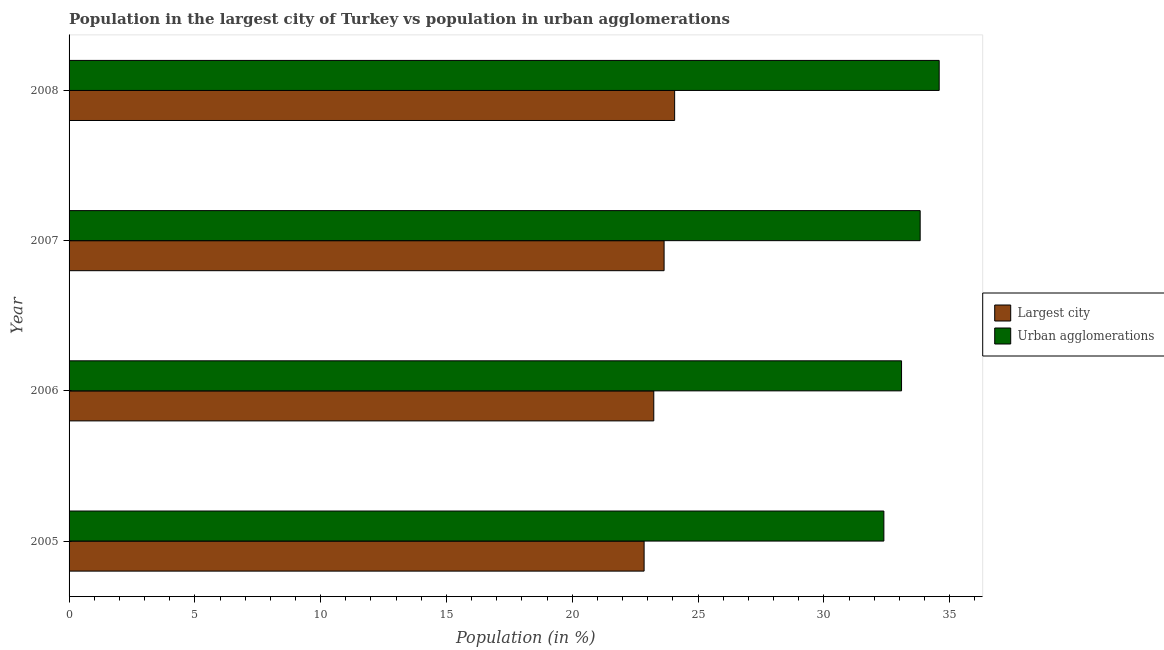
| Year | Largest city | Urban agglomerations |
 | --- | --- | --- |
 | 2005 | 22.9 | 32.4 |
 | 2006 | 23.2 | 33.1 |
 | 2007 | 23.7 | 33.8 |
 | 2008 | 24.1 | 34.6 |